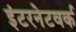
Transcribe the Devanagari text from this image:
इंटरनेटवर्क